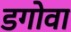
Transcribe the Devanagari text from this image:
डगोवा